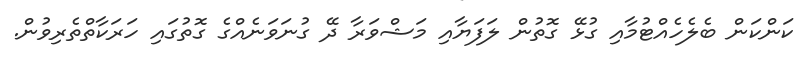
ކަންކަން ބެލެހެއްޓުމާއި ގުޅޭ ގޮތުން ލަފަޔާއި މަޝްވަރާ ދޭ ގުނަވަނެއްގެ ގޮތުގައި ހަރަކާތްތެރިވުން.